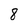
Character: 8